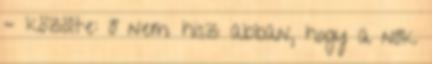
– közölte: ő nem hisz abban, hogy a nők